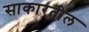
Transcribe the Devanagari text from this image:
साकारतील